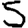
Digit: 5